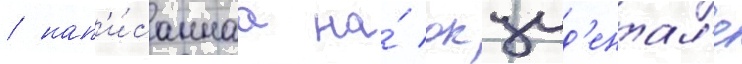
/ нап'и́саннаа на́ окцид'ентал'е